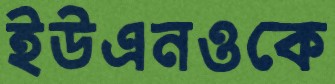
ইউএনওকে